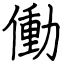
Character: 働